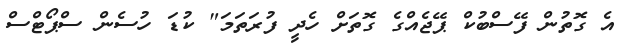
އެ ގޮތުން ފޭސްބުކް ޕޭޖެއްގެ ގޮތަށް ހެދީ ފުރަތަމަ" ކުޑަ ހުސެން ސްޕޯޓްސް